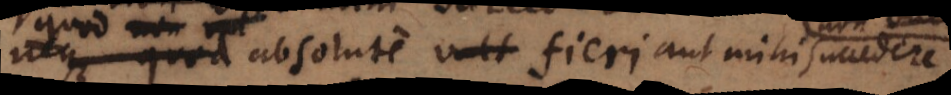
quod absolute fieri aut mihi succedere